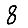
Digit: 8